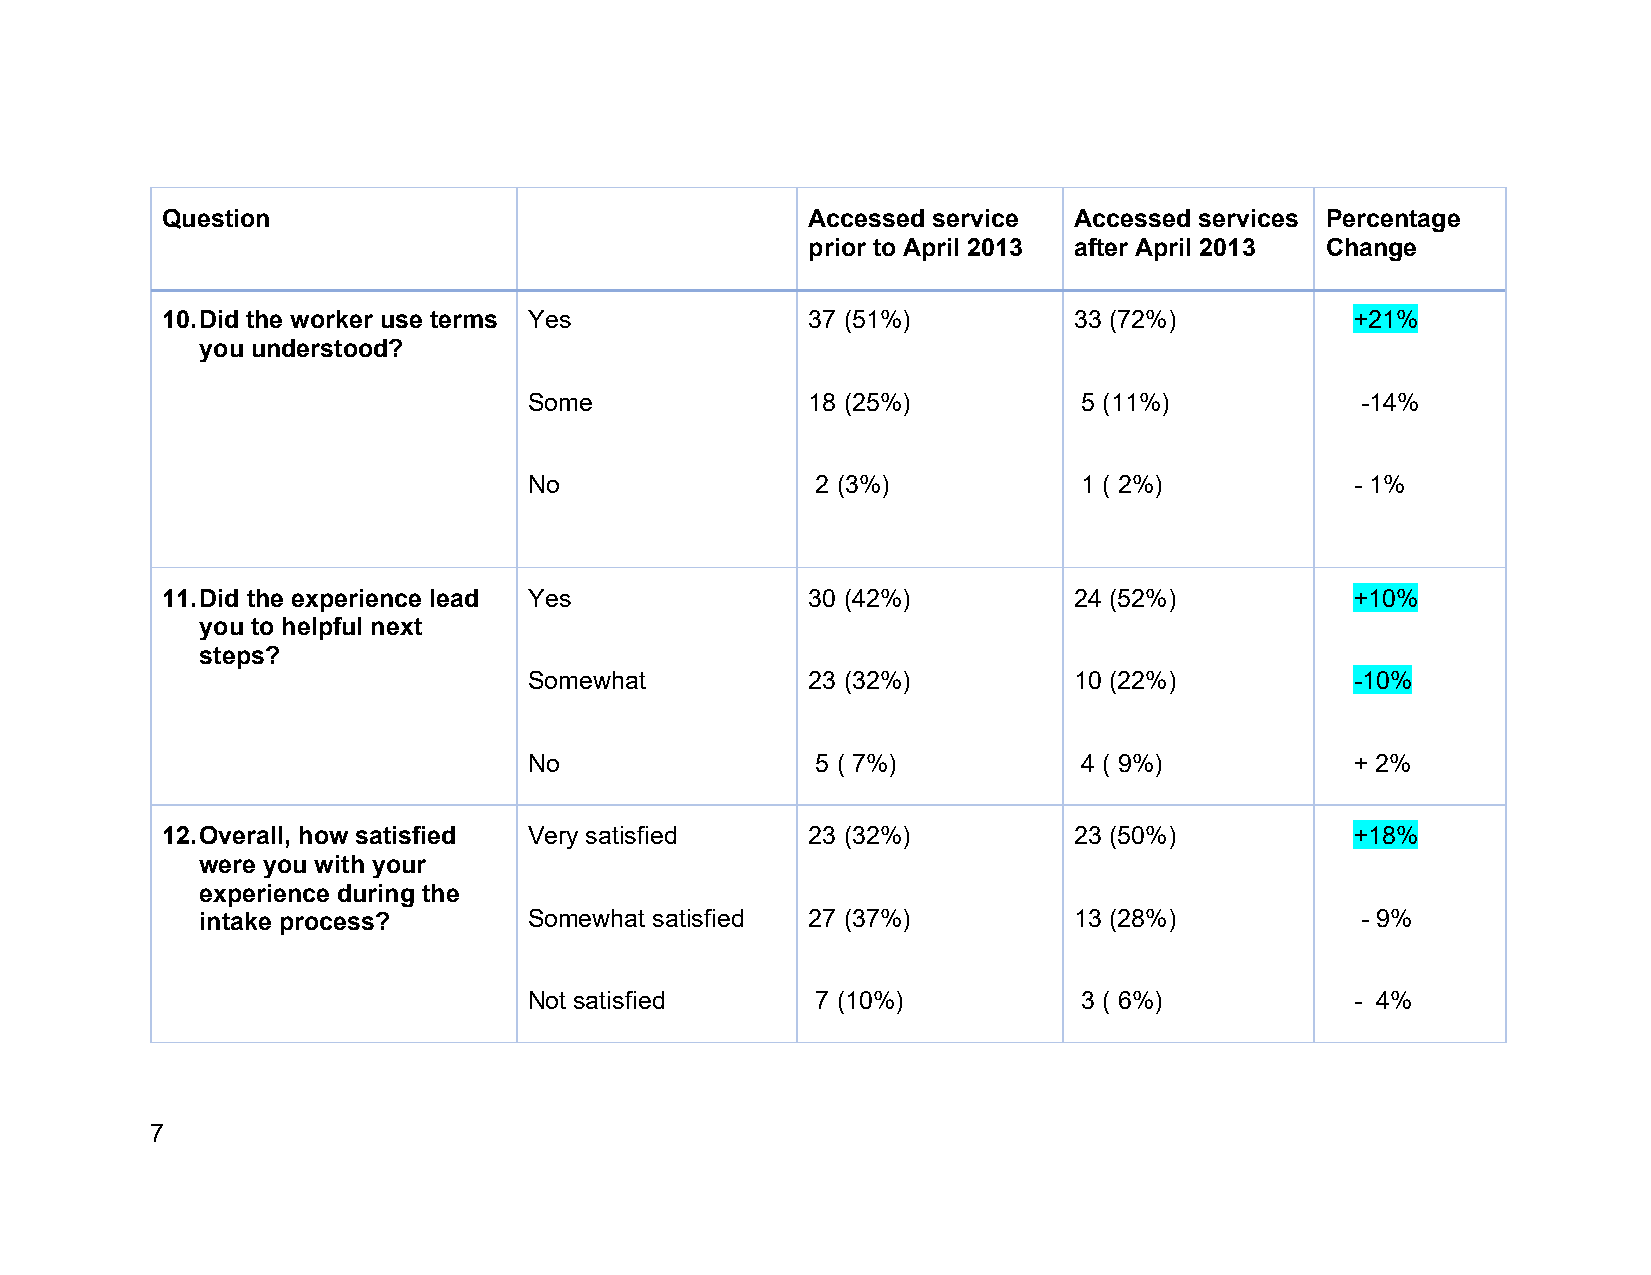
Question                                  Accessed service  Accessed services Percentage
 prior to April 2013 after April 2013 Change
 10. Did the worker use terms Yes          37 (51%)          33 (72%)           +21%
 you understood?
 Some              18 (25%)           5 (11%)           -14%
 No                 2 (3%)            1 ( 2%)           - 1%
 11. Did the experience lead Yes           30 (42%)          24 (52%)           +10%
 you to helpful next
 steps?
 Somewhat          23 (32%)          10 (22%)           -10%
 No                 5 ( 7%)           4 ( 9%)           + 2%
 12. Overall, how satisfied Very satisfied 23 (32%)          23 (50%)           +18%
 were you with your
 experience during the
 intake process?       Somewhat satisfied 27 (37%)         13 (28%)           - 9%
 Not satisfied      7 (10%)           3 ( 6%)           - 4%
 7